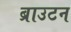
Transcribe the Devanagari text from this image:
ब्राउटन